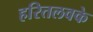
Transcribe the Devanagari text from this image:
हरितलवके